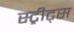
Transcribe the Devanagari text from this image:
स्ट्रीट्‌स